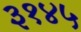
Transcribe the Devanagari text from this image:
३१४५